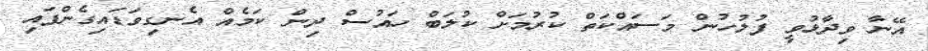
އޭނާ ވިދާޅުވީ ފުލުހުން މަސައްކަތް ކުރުމަށް ކުލަބް ހައުސް ދިން ކަމެއް އެނގިވަޑައިގެންފައި